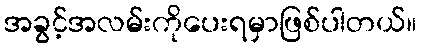
အခွင့်အလမ်းကိုပေးရမှာဖြစ်ပါတယ်။